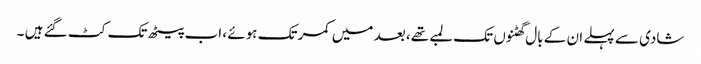
شادی سے پہلے ان کے بال گھٹنوں تک لمبے تھے، بعد میں کمر تک ہوئے ، اب پیٹھ تک کٹ گئے ہیں ۔